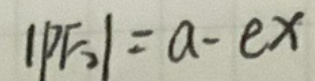
$| P F _ { 2 } | = a - e x$